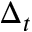
\Delta _ { t }